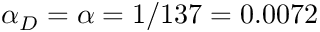
\alpha _ { D } = \alpha = 1 / 1 3 7 = 0 . 0 0 7 2